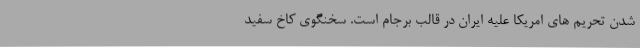
شدن تحریم های امریکا علیه ایران در قالب برجام است. سخنگوی کاخ سفید